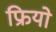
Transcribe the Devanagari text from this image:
फ्रियो